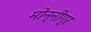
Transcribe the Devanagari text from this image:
मोन्नीग्र